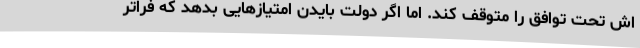
اش تحت توافق را متوقف کند. اما اگر دولت بایدن امتیازهایی بدهد که فراتر